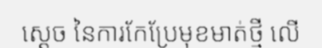
ស្តេច នៃការកែប្រែមុខមាត់ថ្មី លើ